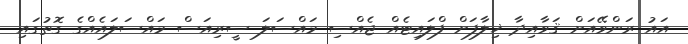
އައު ރަންވޭއަށް ޤަވާއިދާ ޚިލާފަށް ފްލައިޓެއް ޖެއްސި މައްސަލަ ސީރިއަސް މައްސަލައެއްގެ ގޮތުގައި